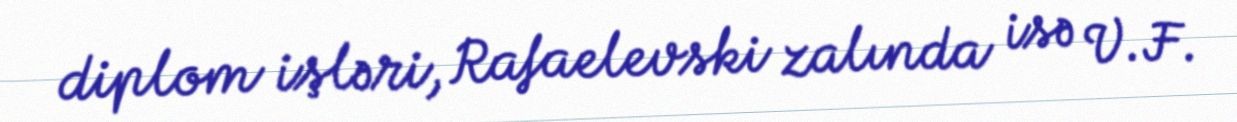
diplom işləri, Rafaelevski zalında isə V.F.